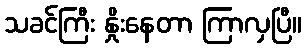
သခင်ကြီး နှိုးနေတာ ကြာလှပြီ။